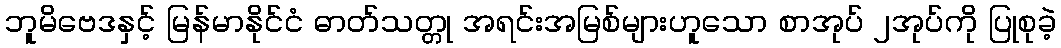
ဘူမိဗေဒနှင့် မြန်မာနိုင်ငံ ဓာတ်သတ္တု အရင်းအမြစ်များဟူသော စာအုပ် ၂အုပ်ကို ပြုစုခဲ့